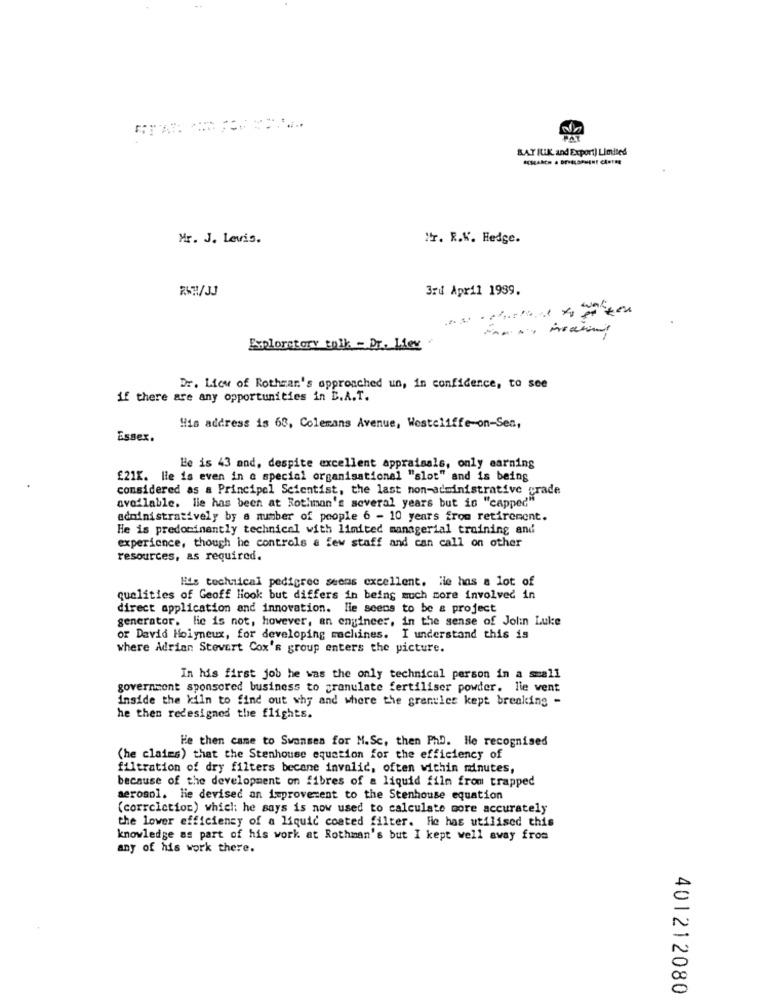
BAY ILIK and Export) Limited
Mr. J. Levis.
Mr. R.K. Hedge.
RWH/JJ
3rd April 1989.
------
Exploratory tolk - Dr. Liev
Dr. Lieu of Rothman's approached un, in confidence, to see
if there are any opportunities in B.A.T.
His address is 68, Colemans Avenue, Westcliffe-on-Sen,
Essex.
Be is 43 and, despite excellent appraisals, only earning
£21K. He is even in a special organisationel "slot" and is being
considered as a Principal Scientist, the last non-administrative grade
available. lle has been at Rothman's several years but is "capped"
administratively by a number of people 6 - 10 years from retirement.
He is predominantly technical with limited managerial training and
experience, though he controls a few staff and can call on other
resources, as required.
Hits technical pedigree seems excellent. ile has a lot of
qualities of Geoff Hook but differs in being much more involved in
direct application and innovation. lie seems to be & project
generator. lie is not, however, an engineer, in the sense of Jolin Luke
of David Hoiyneux, for developing machines. I understand this is
where Adrian Stovert Cox's group enters the picture.
In his first job he was the only technical person in a small
government sponsored business to granulate fertiliser powder. lie vent
inside the kiln to find out why and where the granules kept breaking -
he then redesigned the flights.
He then came to Swansea for M.Sc, then PhD. He recognised
(he claies) that the Stenhouse equation for the efficiency of
filtration of dry filters becane invalid, often within minutes,
because of the development on fibres of a liquid film from trapped
aerosol. lie devised an improvement to the Stenhouse equation
(correlation) which: he says is now used to calculate more accurately
the lower efficiency of a liquid coated filter. He has utilised this
knowledge as part of his work at Rothman's but I kept well away from
any of his work there.
401212080